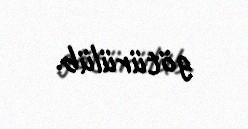
götürülüb.